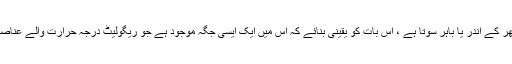
چاہے آپ کا کتا گھر کے اندر یا باہر سوتا ہے ، اس بات کو یقینی بنائے کہ اس میں ایک ایسی جگہ موجود ہے جو ریگولیٹ درجہ حرارت والے عناصر سے محفوظ ہے۔